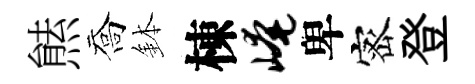
㷱喬鉢棟崦卑宻登